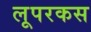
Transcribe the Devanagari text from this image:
लूपरकस